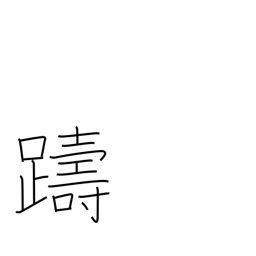
Meaning: hesitate